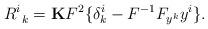
LaTeX: \begin{align*}R^i_{\ k}= {\bf K}F^2 \{ \delta^i_k - F^{-1}F_{y^k} y^i \}.\end{align*}